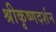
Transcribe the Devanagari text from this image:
श्रीकृष्णदर्शन